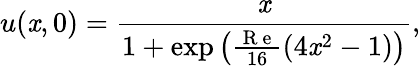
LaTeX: u(\mathit{x},0)=\frac{{\mathit{x}}}{{1+\exp{\left(\frac{{\mathrm{{~R~e~}}}}{{16}}\left(4\mathit{x}^{2}-1\right)\right)}}},